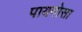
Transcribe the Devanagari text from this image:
पायनोसा